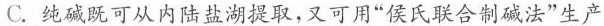
C.纯碱既可从内陆盐湖提取，又可用”侯氏联合制碱法”生产